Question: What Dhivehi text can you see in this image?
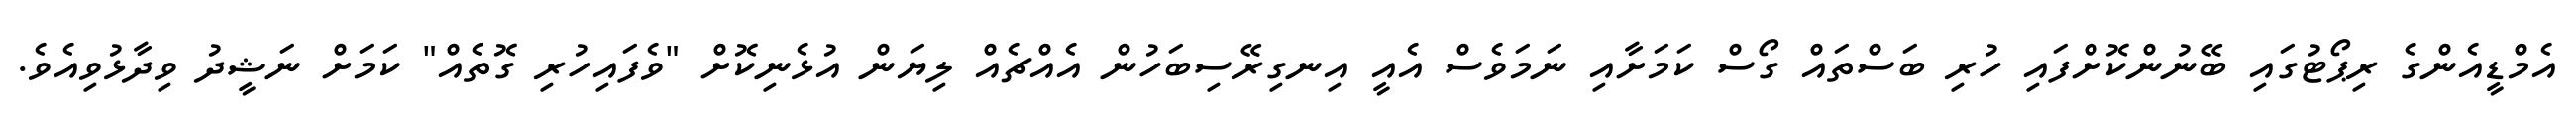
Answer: އެމްޑީއެންގެ ރިޕޯޓުގައި ބޭނުންކޮށްފައި ހުރި ބަސްތައް ގޯސް ކަމަށާއި ނަމަވެސް އެއީ އިނގިރޭސިބަހުން އެއްޗެއް ލިޔަން އުޅެނިކޮށް "ވެފައިހުރި ގޮތެއް" ކަމަށް ނަޝީދު ވިދާޅުވިއެވެ.